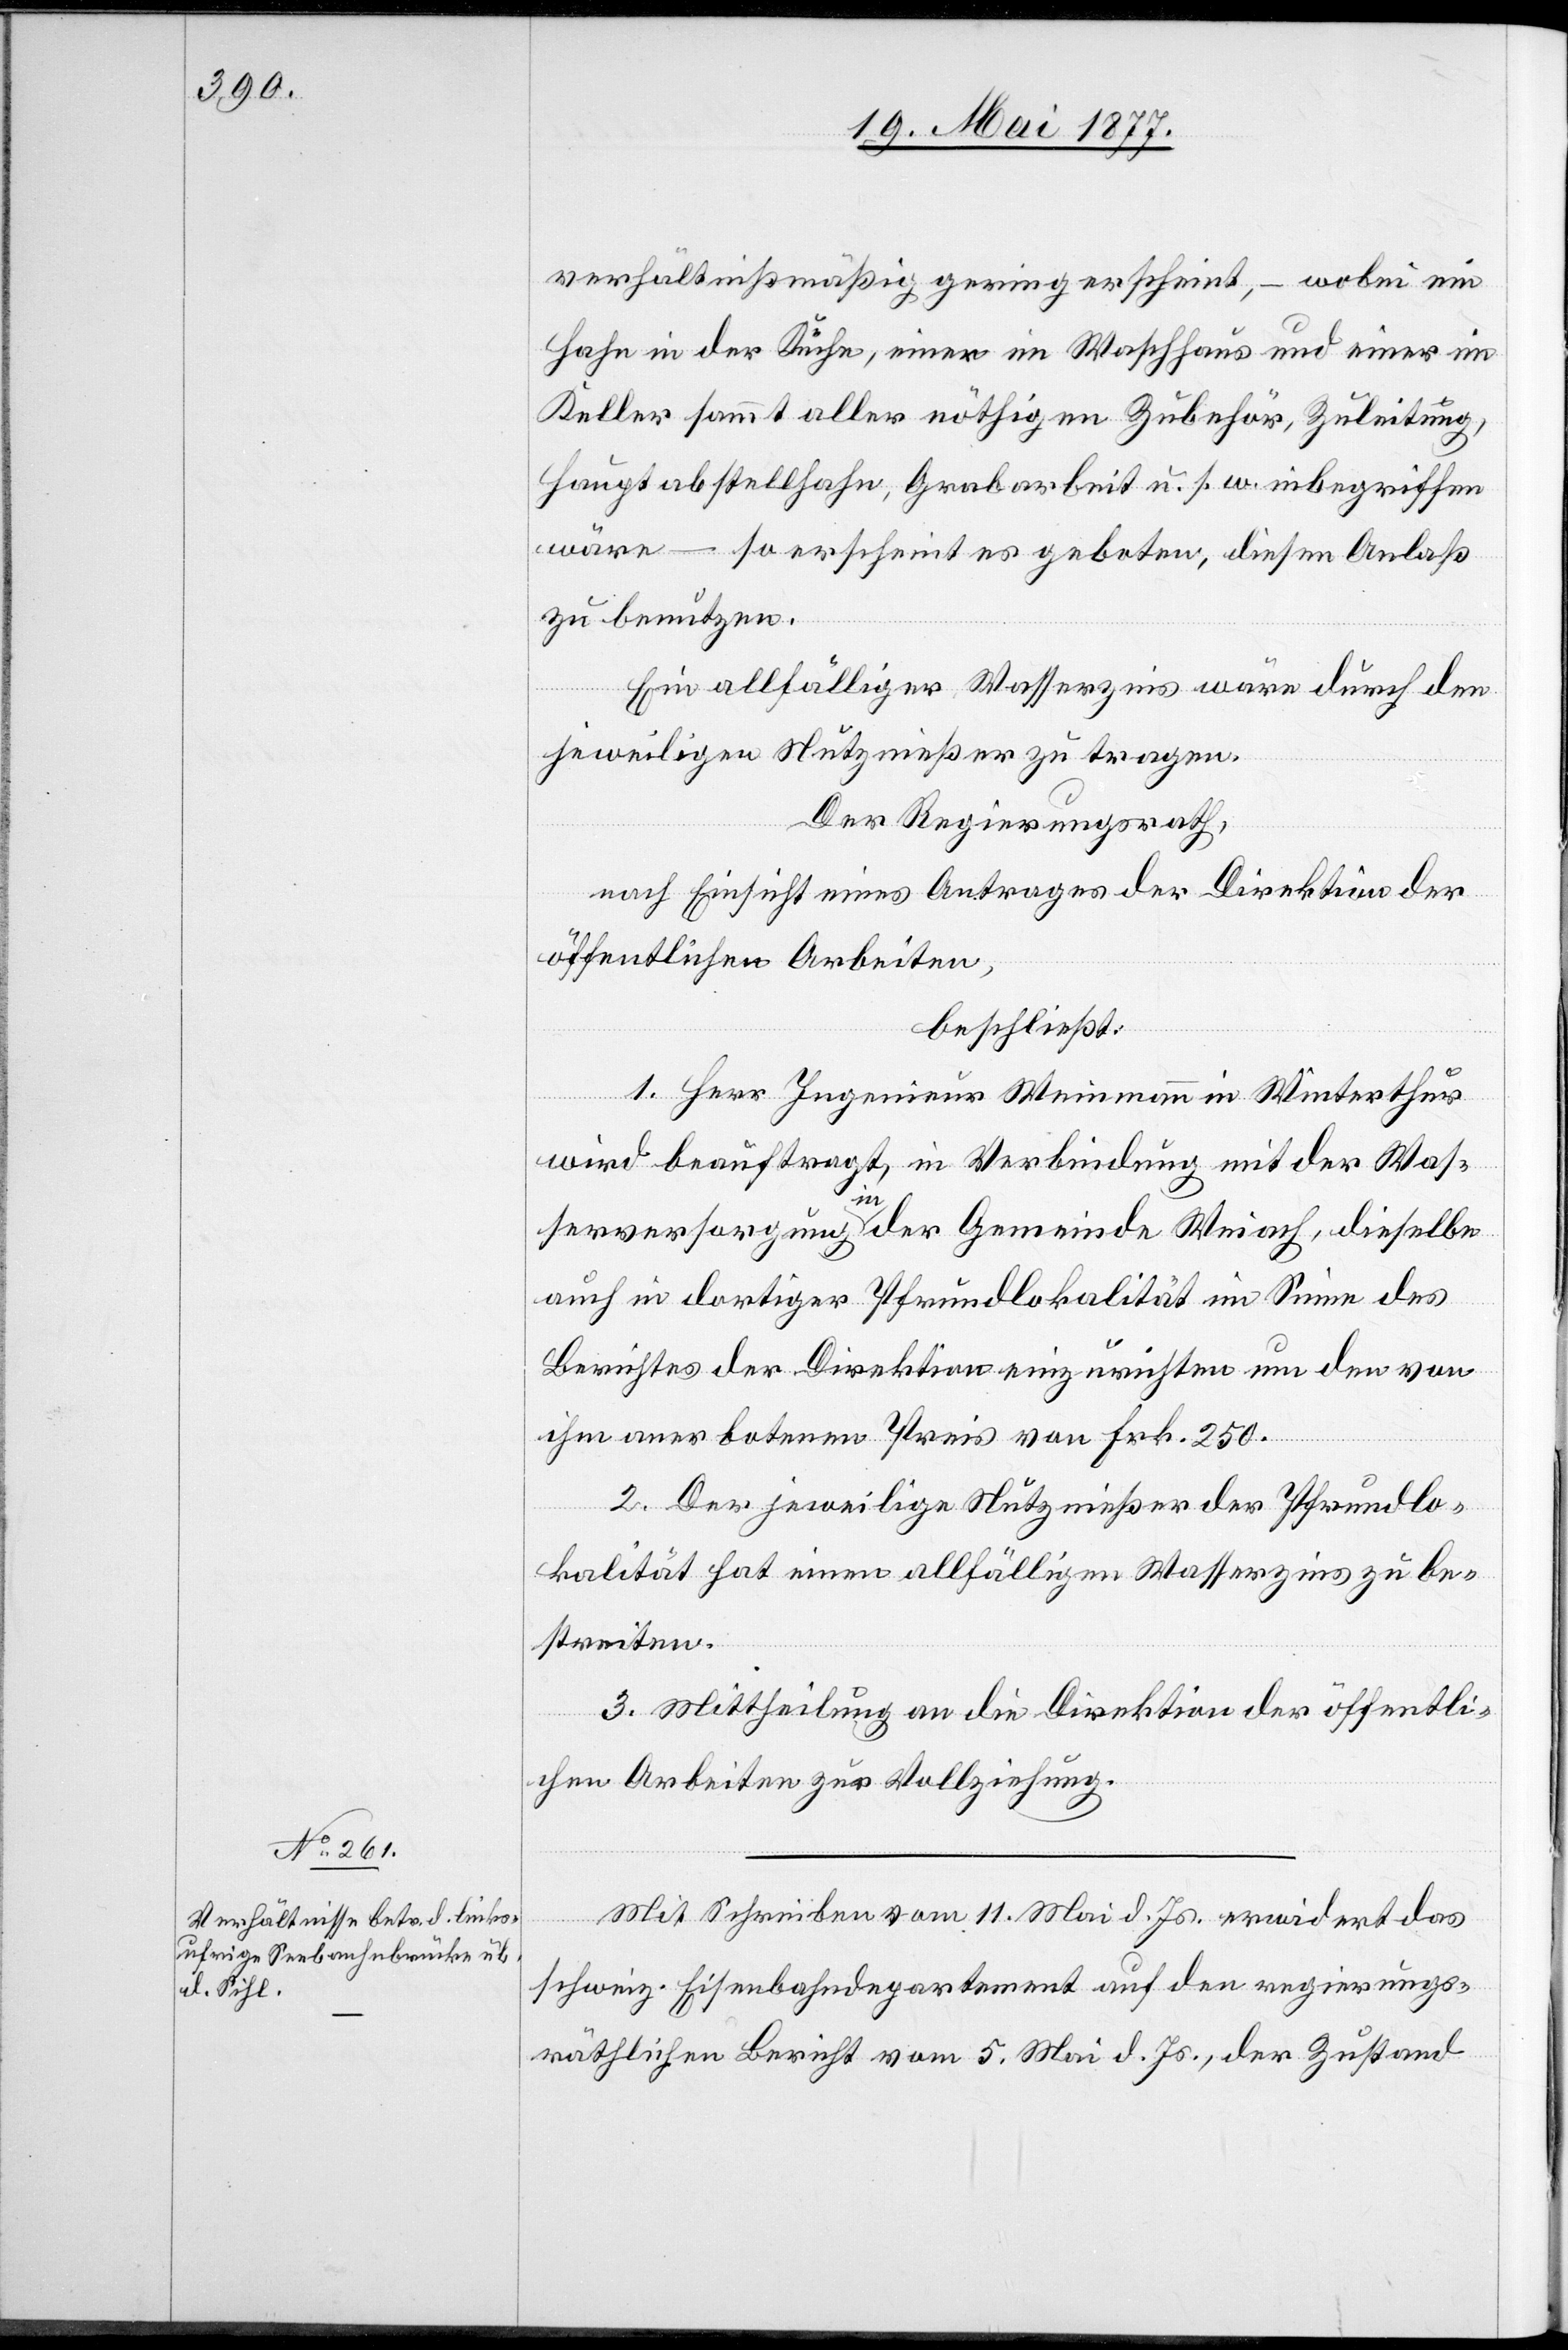
verhältnißmäßig gering erscheint, – wobei ein
Hahn in der Küche, einer im Waschhaus und einer im
Keller sammt aller nöthigen Zubehör [sic!], Zuleitung,
Hauptabstellhahn, Grabarbeit u. s. w. inbegriffen
wäre – so erscheint es geboten, diesen Anlaß
zu benutzen.
Ein allfälliger Wasserzins wäre durch den
jeweiligen Nutznießer zu tragen.
Der Regierungsrath,
nach Einsicht eines Antrages der Direktion der
öffentlichen Arbeiten,
beschließt:
1. Herr Ingenieur Weinmann in Winterthur
wird beauftragt, in Verbindung mit der Was¬
serversorgung in der Gemeinde Weiach, dieselbe
auch in dortiger Pfrundlokalität im Sinne des
Berichtes der Direktion einzurichten um den von
ihm anerbotenen Preis von Frk. 250.
2. Der jeweilige Nutznießer der Pfrundlo¬
kalität hat einen allfälligen Wasserzins zu be¬
streiten.
3. Mittheilung an die Direktion der öffentli¬
chen Arbeiten zur Vollziehung.
Mit Schreiben vom 11. Mai d. Js. erwidert das
schweiz. Eisenbahndepartement auf den regierungs¬
räthlichen Bericht vom 5. Mai d. Js., der Zustand